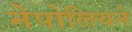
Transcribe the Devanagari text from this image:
नेपोलियने